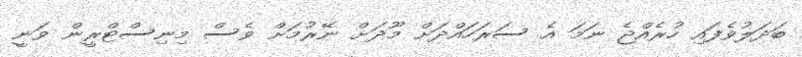
ބަދަލުވެފައި ހުރެއްޖެ ނަމަ އެ ސަރަހައްދަށް މޫދަށް ނޭރުމަށް ވެސް މިނިސްޓްރީން ވަނީ